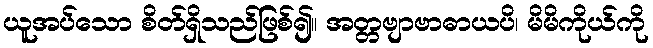
ယူအပ်သော စိတ်ရှိသည်ဖြစ်၍။ အတ္တဗျာဗာဓာယပိ၊ မိမိကိုယ်ကို